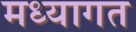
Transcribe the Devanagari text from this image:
मध्यागत